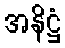
အနိဋ္ဌံ